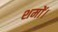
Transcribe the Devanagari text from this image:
शमों।